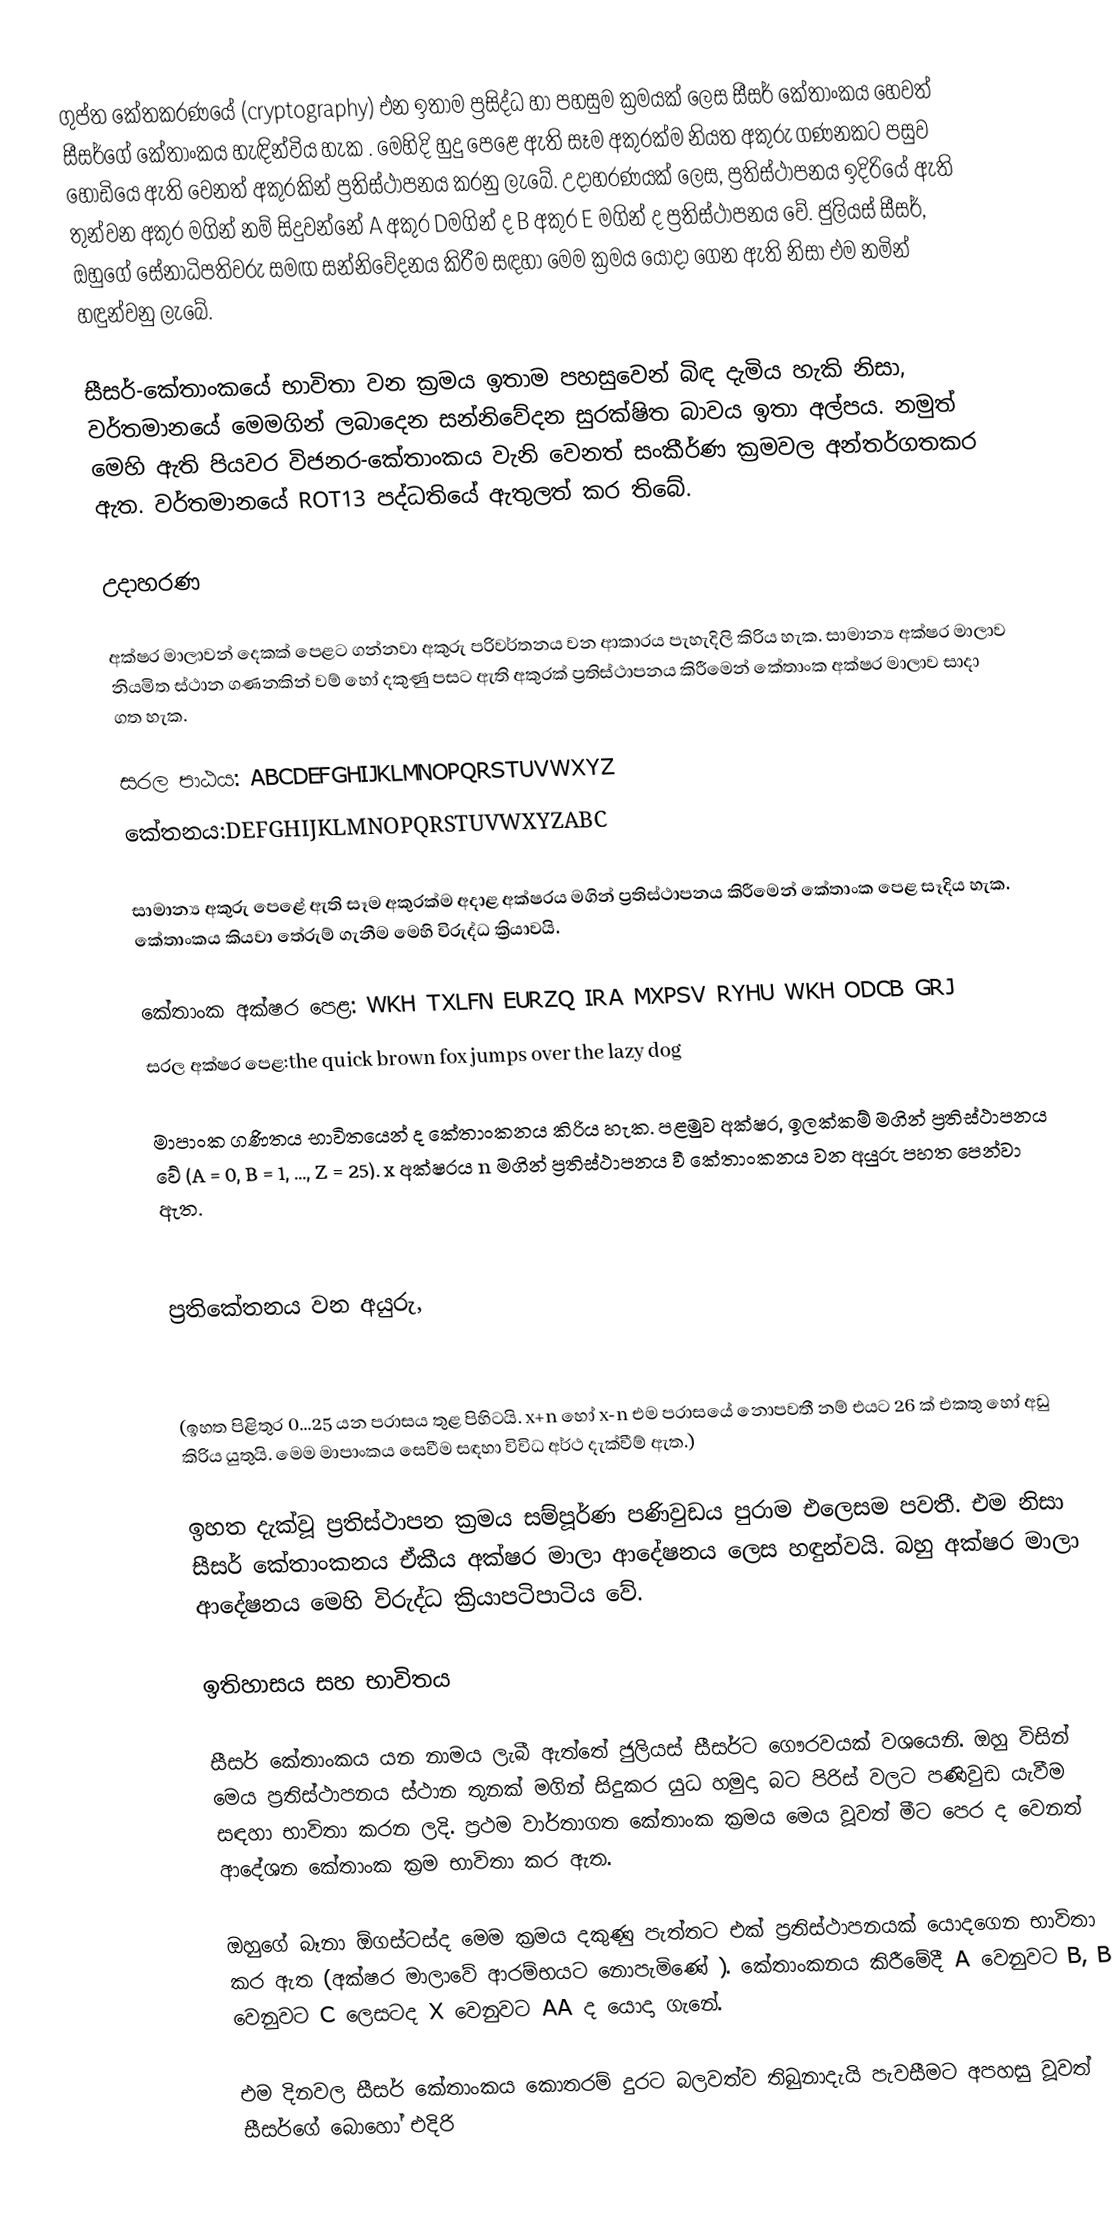
ගුප්ත කේතකරණයේ (cryptography) එන ඉතාම ප්‍රසිද්ධ හා පහසුම ක්‍රමයක් ලෙස සීසර් කේතාංකය හෙවත් සීසර්ගේ කේතාංකය හැඳින්විය හැක . මෙහිදි හුදු පෙළෙ ඇති සෑම අකුරක්ම නියත අකුරු ගණනකට පසුව හෝඩියෙ ඇති වෙනත් අකුරකින් ප්‍රතිස්ථාපනය කරනු ලැබේ. උදාහරණයක් ලෙස, ප්‍රතිස්ථාපනය ඉදිරියේ ඇති  තුන්වන අකුර මගින් නම් සිදුවන්නේ A අකුර Dමගින් ද B අකුර E මගින් ද ප්‍රතිස්ථාපනය වේ. ජුලියස් සීසර්, ඔහුගේ සේනාධිපතිවරු සමඟ සන්නිවේදනය කිරීම සඳහා මෙම ක්‍රමය යොදා ගෙන ඇති නිසා එම නමින් හඳුන්වනු ලැබේ.

සීසර්-කේතාංකයේ භාවිතා වන ක්‍රමය ඉතාම පහසුවෙන් බිඳ දැමිය හැකි නිසා, වර්තමානයේ මෙමගින් ලබාදෙන සන්නිවේදන සුරක්ෂිත බාවය ඉතා අල්පය.  නමුත් මෙහි ඇති පියවර විජනර-කේතාංකය වැනි වෙනත් සංකීර්ණ ක්‍රමවල අන්තර්ගතකර ඇත. වර්තමානයේ ROT13 පද්ධතියේ ඇතුලත් කර තිබේ.

උදාහරණ

අක්ෂර මාලාවන් දෙකක් පෙළට ගන්නවා අකුරු පරිවර්තනය වන ආකාරය පැහැදිලි කිරිය හැක. සාමාන්‍ය අක්ෂර මාලාව නියමිත ස්ථාන ගණනකින් වම් හෝ දකුණු පසට ඇති අකුරක් ප්‍රතිස්ථාපනය කිරීමෙන් කේතාංක අක්ෂර මාලාව සාදා ගත හැක.

 සරල පාඨය:	ABCDEFGHIJKLMNOPQRSTUVWXYZ
 කේතනය:DEFGHIJKLMNOPQRSTUVWXYZABC

සාමාන්‍ය අකුරු පෙළේ ඇති සෑම අකුරක්ම අදාළ අක්ෂරය මගින් ප්‍රතිස්ථාපනය කිරීමෙන් කේතාංක පෙළ සෑදිය හැක. කේතාංකය කියවා තේරුම් ගැනීම මෙහි විරුද්ධ ක්‍රියාවයි.

 කේතාංක අක්ෂර පෙළ:	WKH TXLFN EURZQ IRA MXPSV RYHU WKH ODCB GRJ
 සරල අක්ෂර පෙළ:the quick brown fox jumps over the lazy dog

මාපාංක ගණිතය භාවිතයෙන් ද කේතාංකනය කිරිය හැක. පළමුව අක්ෂර, ඉලක්කම් මගින් ප්‍රතිස්ථාපනය වේ (A = 0, B = 1, ..., Z = 25).   x අක්ෂරය n මගින් ප්‍රතිස්ථාපනය වී කේතාංකනය වන අයුරු පහත පෙන්වා ඇත.

ප්‍රතිකේතනය වන අයුරු,

(ඉහත පිළිතුර 0...25 යන පරාසය තුළ පිහිටයි. x+n හෝ x-n එම පරාසයේ නොපවතී නම් එයට 26 ක් එකතු හෝ අඩු කිරිය යුතුයි. මෙම මාපාංකය සෙවීම සඳහා විවිධ අර්ථ දැක්වීම් ඇත.)

ඉහත දැක්වූ ප්‍රතිස්ථාපන ක්‍රමය සම්පූර්ණ පණිවුඩය පුරාම එලෙසම පවතී. එම නිසා සීසර් කේතාංකනය ඒකීය අක්ෂර මාලා ආදේෂනය ලෙස හඳුන්වයි. බහු අක්ෂර මාලා ආදේෂනය මෙහි විරුද්ධ ක්‍රියාපටිපාටිය වේ.

ඉතිහාසය සහ භාවිතය

සීසර් කේතාංකය යන නාමය ලැබී ඇත්තේ ජුලියස් සීසර්ට ගෞරවයක් වශයෙනි. ඔහු විසින් මෙය ප්‍රතිස්ථාපනය ස්ථාන තුනක් මගින් සිදුකර යුධ හමුදා බට පිරිස් වලට පණිවුඩ යැවීම සඳහා භාවිතා කරන ලදි. ප්‍රථම වාර්තාගත කේතාංක ක්‍රමය මෙය වූවත් මීට පෙර ද වෙනත් ආදේශන කේතාංක ක්‍රම භාවිතා කර ඇත.

ඔහුගේ බෑනා ඕගස්ටස්ද මෙම ක්‍රමය දකුණු පැත්තට එක් ප්‍රතිස්ථාපනයක් යොදගෙන භාවිතා කර ඇත (අක්ෂර මාලාවේ ආරම්භයට නොපැමිණේ ). කේතාංකනය කිරීමේදී A වෙනුවට B, B වෙනුවට C ලෙසටද X වෙනුවට AA ද යොදා ගැනේ.

එම දිනවල සීසර් කේතාංකය කොතරම් දුරට බලවත්ව තිබුනාදැයි පැවසීමට අපහසු වූවත් සීසර්ගේ බොහෝ එදිරි